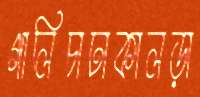
গালিচাঢাকালড়া